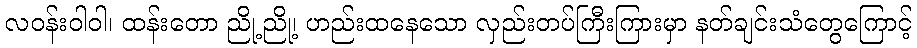
လဝန်းဝါဝါ၊ ထန်းတော ညို့ညို့၊ ဟည်းထနေသော လှည်းတပ်ကြီးကြားမှာ နတ်ချင်းသံတွေကြောင့်